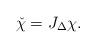
LaTeX: \begin{align*} \check \chi = J_\Delta \chi. \end{align*}